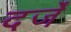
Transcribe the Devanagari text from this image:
दर्जें